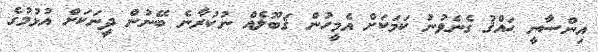
އިންސާނީ ޙައްޤު ގެނެވުނު ކަމަކަށް އެމީހުން ޤަބޫލެއް ނުކުރާނެ ބޭނުން ދީނަކަށް އުޅުމުގެ